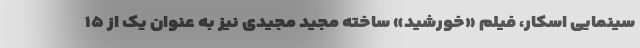
سینمایی اسکار، فیلم «خورشید» ساخته مجید مجیدی نیز به عنوان یک از ۱۵